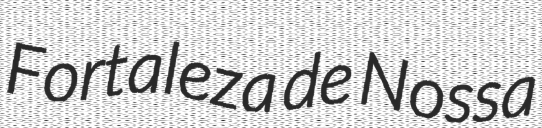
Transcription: Fortaleza de Nossa